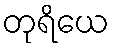
တုရိယေ